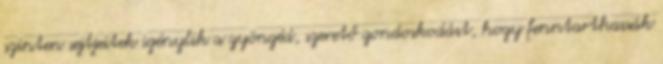
szinten sejtjeitek igénylik a gyöngéd, szerető gondoskodást, hogy fenntarthassák